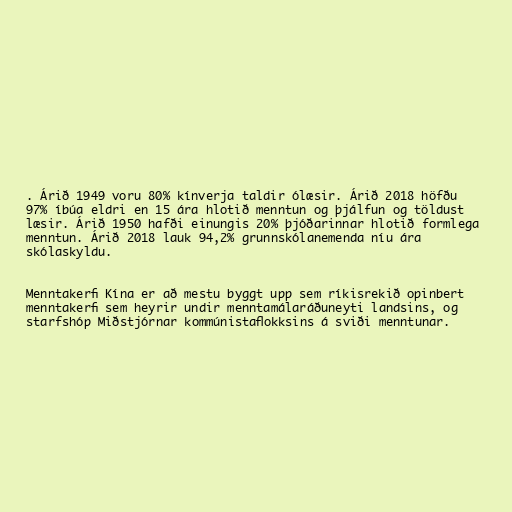
. Árið 1949 voru 80% kínverja taldir ólæsir. Árið 2018 höfðu
97% íbúa eldri en 15 ára hlotið menntun og þjálfun og töldust
læsir. Árið 1950 hafði einungis 20% þjóðarinnar hlotið formlega
menntun. Árið 2018 lauk 94,2% grunnskólanemenda níu ára
skólaskyldu.

Menntakerfi Kína er að mestu byggt upp sem ríkisrekið opinbert
menntakerfi sem heyrir undir menntamálaráðuneyti landsins, og
starfshóp Miðstjórnar kommúnistaflokksins á sviði menntunar.